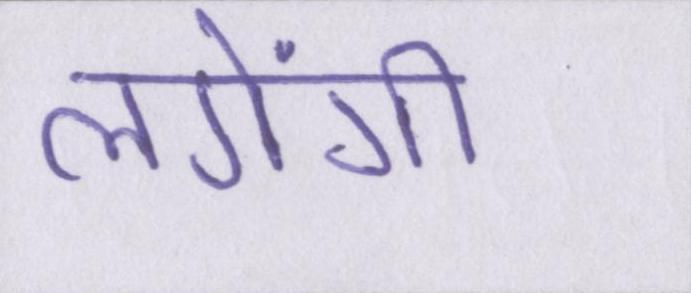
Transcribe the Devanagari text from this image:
लगेंगी